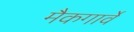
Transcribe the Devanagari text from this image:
मैकगार्वे